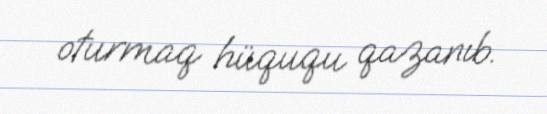
oturmaq hüququ qazanıb.